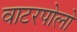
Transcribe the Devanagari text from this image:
वाटरपोलो